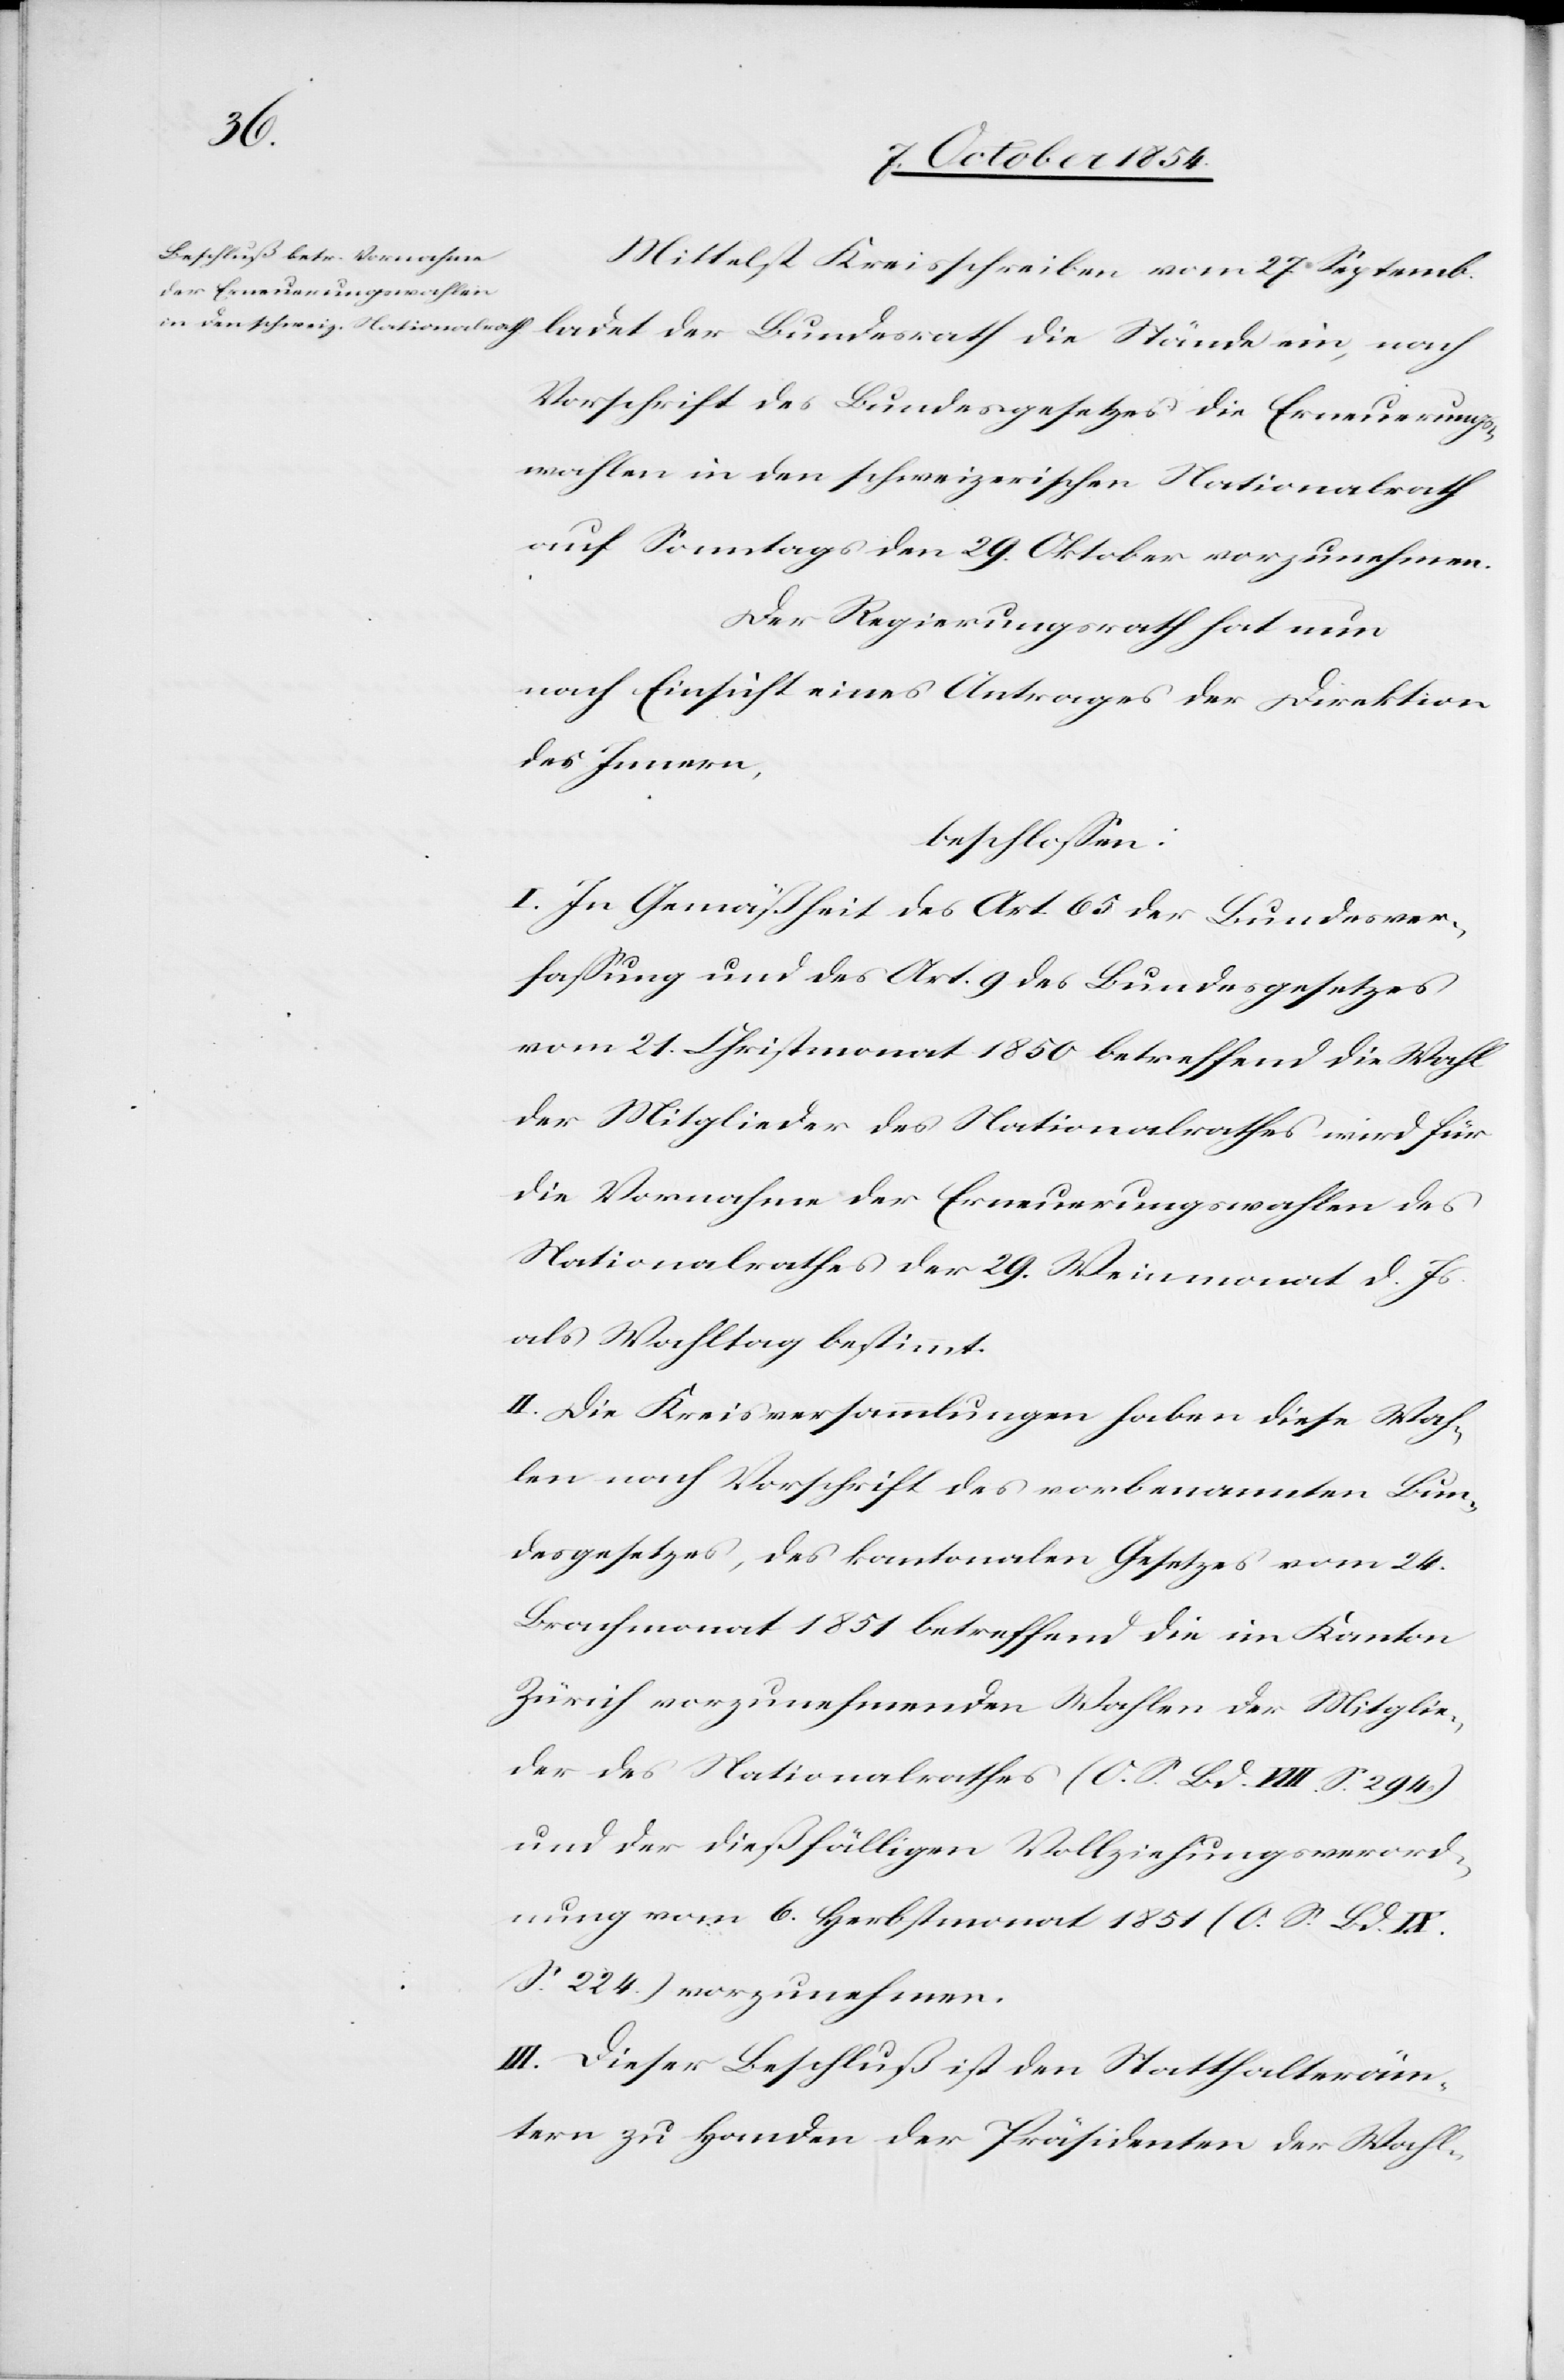
Mittelst Kreisschreiben vom 27. Septemb.
ladet der Bundesrath die Stände ein, nach
Vorschrift des Bundesgesetzes die Erneuerungs¬
wahlen in den schweizerischen Nationalrath
auf Sonntags den 29. Oktober vorzunehmen.
Der Regierungsrath hat nun
nach Einsicht eines Antrages der Direktion
des Innern,
beschloßen:
I. In Gemäßheit des Art. 65 der Bundesver¬
faßung und des Art. 9 des Bundesgesetzes
vom 21. Christmonat 1850 betreffend die Wahl
der Mitglieder des Nationalrathes wird für
die Vornahme der Erneuerungswahlen des
Nationalrathes der 29. Weinmonat d. Js.
als Wahltag bestimmt.
II. Die Kreisversammlungen haben diese Wah¬
len nach Vorschrift des vorbenannten Bun¬
desgesetzes, des kantonalen Gesetzes vom 24.
Brachmonat 1851 betreffend die im Kanton
Zürich vorzunehmenden Wahlen der Mitglie¬
der des Nationalrathes (O. S. Bd. VIII. S. 294)
und der dießfälligen Vollziehungsverord¬
nung vom 6. Herbstmonat 1851 (O. S. Bd. IX.
S. 224) vorzunehmen.
III. Dieser Beschluß ist den Statthalteräm¬
tern zu Handen der Präsidenten der Wahl-